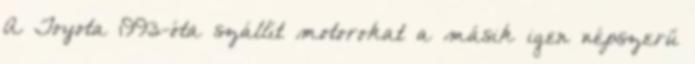
A Toyota 1993-óta szállít motorokat a másik igen népszerű